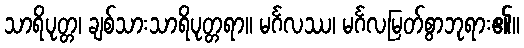
သာရိပုတ္တ၊ ချစ်သားသာရိပုတ္တရာ။ မင်္ဂလဿ၊ မင်္ဂလမြတ်စွာဘုရား၏။